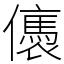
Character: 㒟